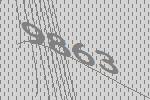
9863